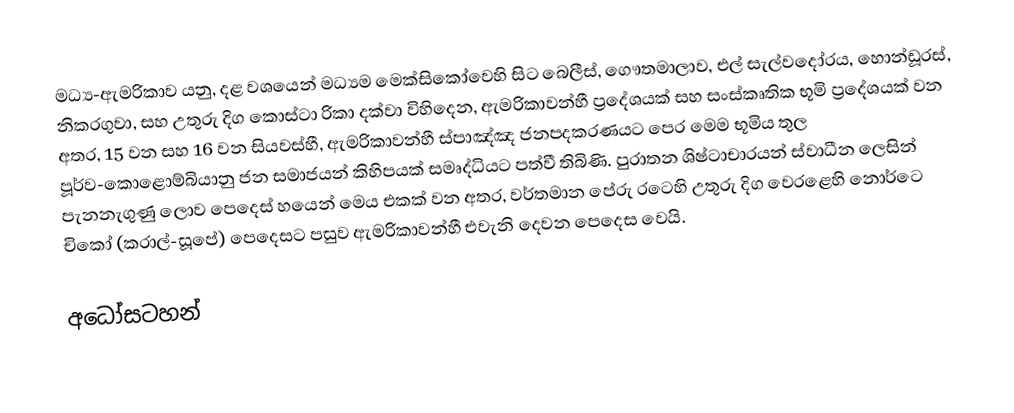
මධ්‍ය-ඇමරිකාව යනු,  දළ වශයෙන් මධ්‍යම මෙක්සිකෝවෙහි සිට  බෙලීස්, ගෞතමාලාව, එල්  සැල්වදෝරය, හොන්ඩූරස්, නිකරගුවා, සහ  උතුරු දිග කොස්ටා රිකා දක්වා විහිදෙන, ඇමරිකාවන්හී ප්‍රදේශයක් සහ සංස්කෘතික භූමි ප්‍රදේශයක් වන අතර,  15 වන සහ 16 වන සියවස්හී,   ඇමරිකාවන්හී ස්පාඤ්ඤ ජනපදකරණයට පෙර  මෙම භූමිය තුල පූර්ව-කොළොම්බියානු ජන සමාජයන් කිහිපයක් සමෘද්ධියට පත්වී තිබිණි. පුරාතන ශිෂ්ටාචාරයන් ස්වාධීන ලෙසින් පැනනැගුණු ලොව පෙදෙස් හයෙන් මෙය එකක් වන අතර, වර්තමාන පේරු රටෙහි උතුරු දිග වෙරළෙහි නොර්ටෙ චිකෝ (කරාල්-සූපේ) පෙදෙසට පසුව ඇමරිකාවන්හී එවැනි දෙවන පෙදෙස වෙයි.

අධෝසටහන්